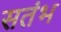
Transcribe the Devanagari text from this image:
सतंभ